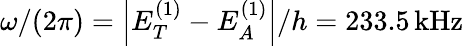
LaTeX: \omega/(2\pi)=\left|E_{T}^{(1)}-E_{A}^{(1)}\right|/h=233.5\, \mathrm{{kHz}}